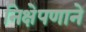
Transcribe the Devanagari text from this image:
निक्षेपणाने